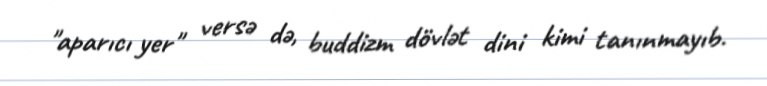
"aparıcı yer" versə də, buddizm dövlət dini kimi tanınmayıb.